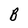
Character: B